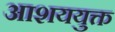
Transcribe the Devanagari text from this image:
आशययुक्त